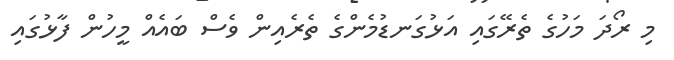
މި ރޯދަ މަހުގެ ތެރޭގައި އަޅުގަނޑުމެންގެ ތެރެއިން ވެސް ބައެއް މީހުން ފާޅުގައި